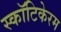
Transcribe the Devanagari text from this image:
स्कॉटिकेरम